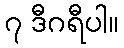
၇ ဒီဂရီပါ။